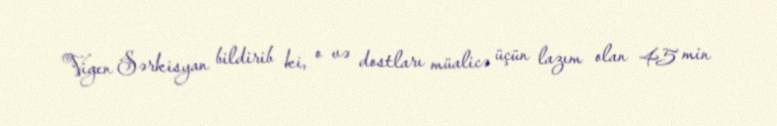
Vigen Sərkisyan bildirib ki, o və dostları müalicə üçün lazım olan 45 min